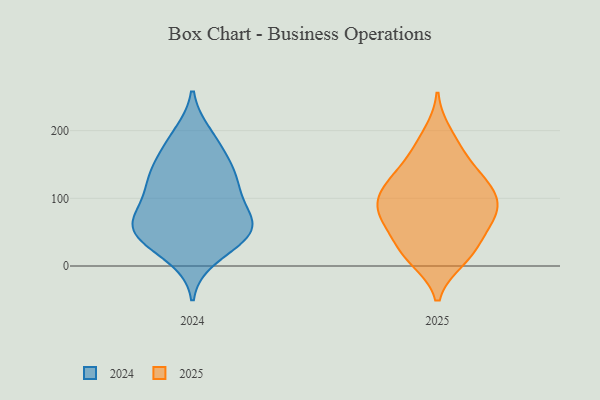
{"axis": {"x": "Production Output", "y": "Value"}, "legend": ["2024", "2025"], "data": [{"x": "", "y": 66, "type": "2025"}, {"x": "", "y": 112, "type": "2025"}, {"x": "", "y": 119, "type": "2025"}, {"x": "", "y": 173, "type": "2025"}, {"x": "", "y": 10, "type": "2025"}, {"x": "", "y": 85, "type": "2025"}, {"x": "", "y": 161, "type": "2025"}, {"x": "", "y": 126, "type": "2025"}, {"x": "", "y": 90, "type": "2025"}, {"x": "", "y": 20, "type": "2025"}, {"x": "", "y": 39, "type": "2025"}, {"x": "", "y": 93, "type": "2025"}, {"x": "", "y": 75, "type": "2025"}, {"x": "", "y": 77, "type": "2025"}, {"x": "", "y": 134, "type": "2025"}, {"x": "", "y": 11, "type": "2025"}, {"x": "", "y": 120, "type": "2025"}, {"x": "", "y": 67, "type": "2025"}, {"x": "", "y": 195, "type": "2025"}, {"x": "", "y": 30, "type": "2025"}, {"x": "", "y": 133, "type": "2024"}, {"x": "", "y": 110, "type": "2024"}, {"x": "", "y": 45, "type": "2024"}, {"x": "", "y": 194, "type": "2024"}, {"x": "", "y": 140, "type": "2024"}, {"x": "", "y": 76, "type": "2024"}, {"x": "", "y": 53, "type": "2024"}, {"x": "", "y": 45, "type": "2024"}, {"x": "", "y": 60, "type": "2024"}, {"x": "", "y": 73, "type": "2024"}, {"x": "", "y": 165, "type": "2024"}, {"x": "", "y": 119, "type": "2024"}, {"x": "", "y": 55, "type": "2024"}, {"x": "", "y": 188, "type": "2024"}, {"x": "", "y": 28, "type": "2024"}, {"x": "", "y": 13, "type": "2024"}, {"x": "", "y": 104, "type": "2024"}, {"x": "", "y": 61, "type": "2024"}, {"x": "", "y": 143, "type": "2024"}]}